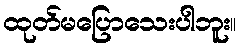
ထုတ်မပြောသေးပါဘူး။